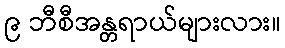
၉ ဘီစီအန္တရာယ်များလား။